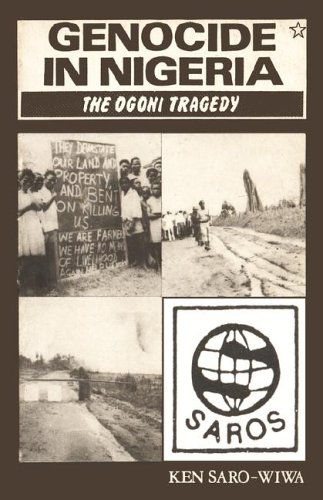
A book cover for Genocide in Nigeria; Ken Saro-Wiwa; History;